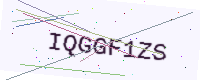
Text: IQGGF1ZS